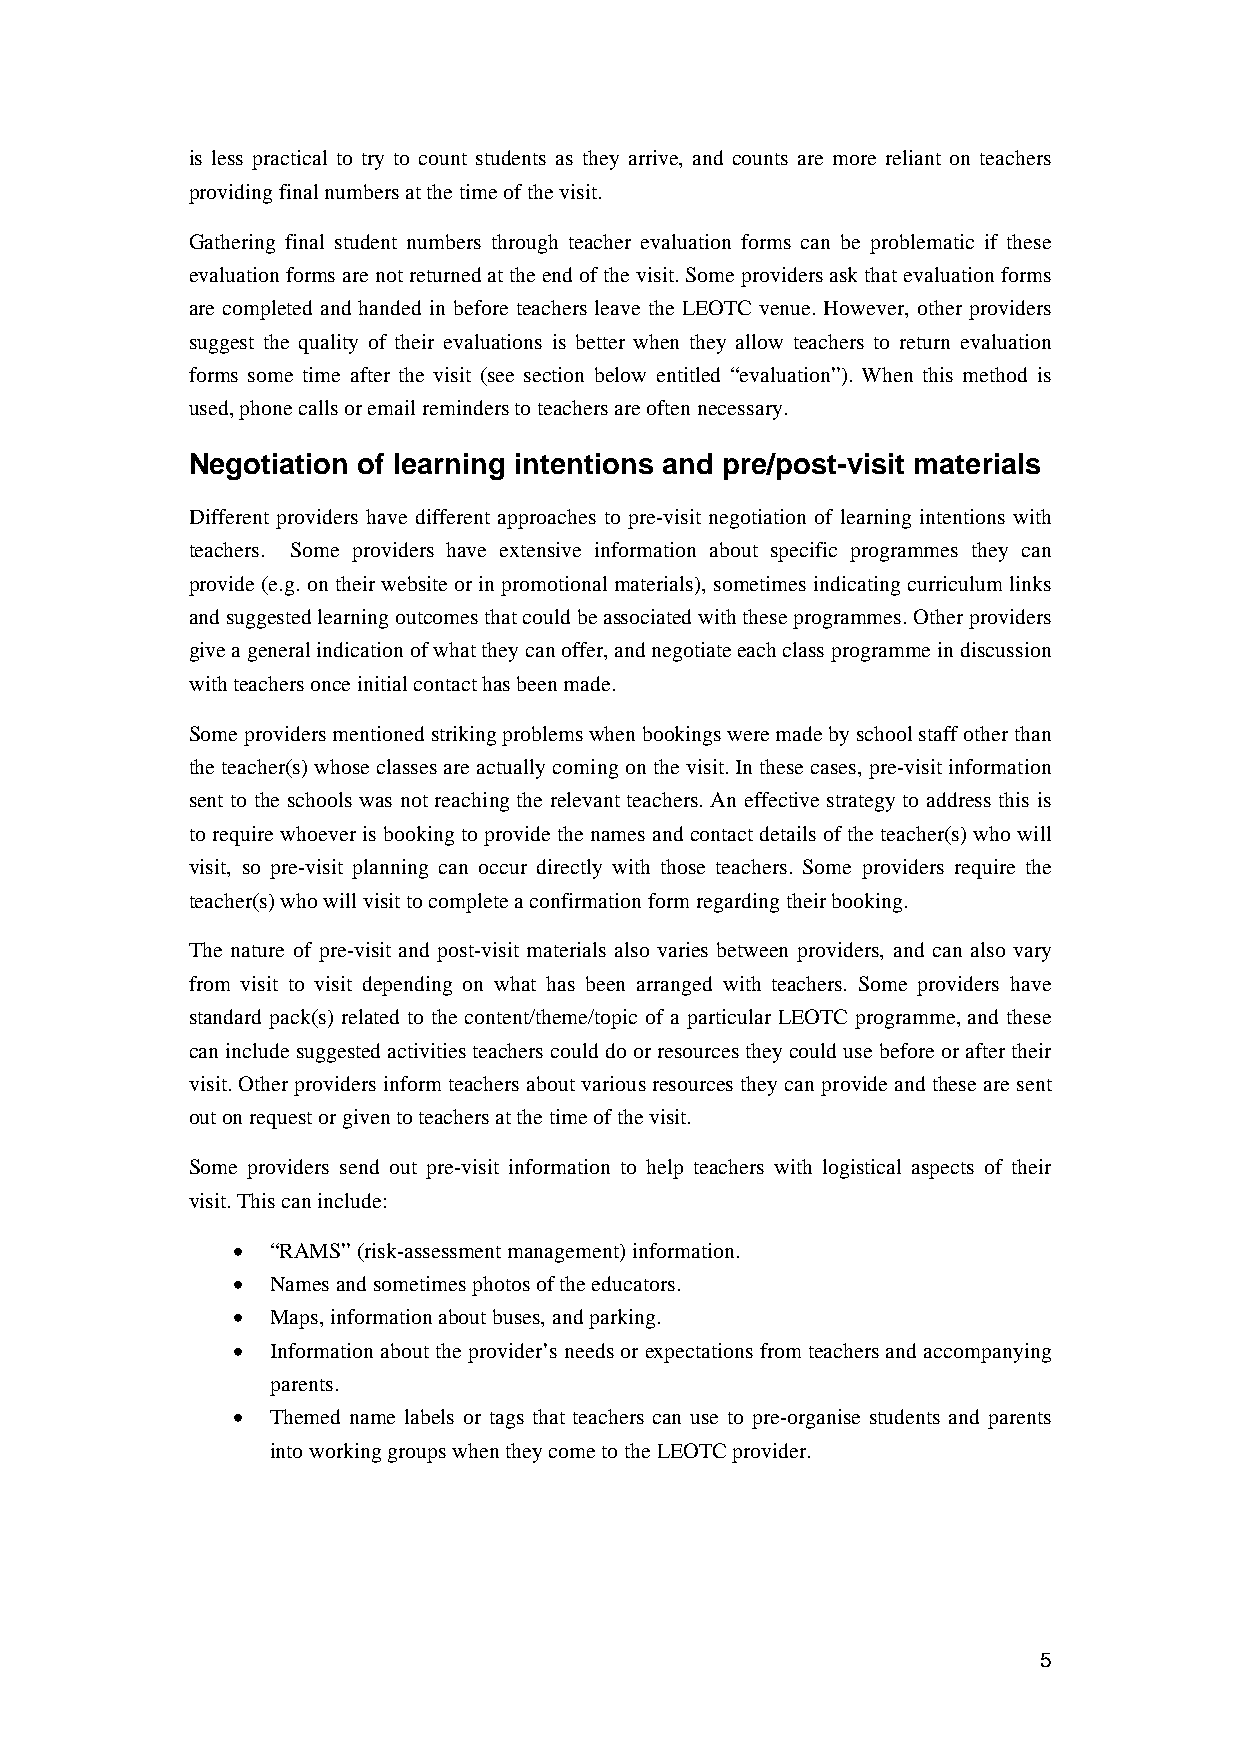
is less practical to try to count students as they arrive, and counts are more reliant on teachers
 providing final numbers at the time of the visit.
 Gathering final student numbers through teacher evaluation forms can be problematic if these
 evaluation forms are not returned at the end of the visit. Some providers ask that evaluation forms
 are completed and handed in before teachers leave the LEOTC venue. However, other providers
 suggest the quality of their evaluations is better when they allow teachers to return evaluation
 forms some time after the visit (see section below entitled “evaluation”). When this method is
 used, phone calls or email reminders to teachers are often necessary.
 Negotiation of learning intentions and pre/post-visit materials
 Different providers have different approaches to pre-visit negotiation of learning intentions with
 teachers. Some providers have extensive information about specific programmes they can
 provide (e.g. on their website or in promotional materials), sometimes indicating curriculum links
 and suggested learning outcomes that could be associated with these programmes. Other providers
 give a general indication of what they can offer, and negotiate each class programme in discussion
 with teachers once initial contact has been made.
 Some providers mentioned striking problems when bookings were made by school staff other than
 the teacher(s) whose classes are actually coming on the visit. In these cases, pre-visit information
 sent to the schools was not reaching the relevant teachers. An effective strategy to address this is
 to require whoever is booking to provide the names and contact details of the teacher(s) who will
 visit, so pre-visit planning can occur directly with those teachers. Some providers require the
 teacher(s) who will visit to complete a confirmation form regarding their booking.
 The nature of pre-visit and post-visit materials also varies between providers, and can also vary
 from visit to visit depending on what has been arranged with teachers. Some providers have
 standard pack(s) related to the content/theme/topic of a particular LEOTC programme, and these
 can include suggested activities teachers could do or resources they could use before or after their
 visit. Other providers inform teachers about various resources they can provide and these are sent
 out on request or given to teachers at the time of the visit.
 Some providers send out pre-visit information to help teachers with logistical aspects of their
 visit. This can include:
 •  “RAMS” (risk-assessment management) information.
 •  Names and sometimes photos of the educators.
 •  Maps, information about buses, and parking.
 •  Information about the provider’s needs or expectations from teachers and accompanying
 parents.
 •  Themed name labels or tags that teachers can use to pre-organise students and parents
 into working groups when they come to the LEOTC provider.
 5